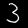
Label: 3